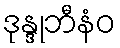
ဒုန္ဒုဘီနံဝ